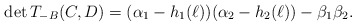
\begin{align*} \det T_{-B}(C,D) = (\alpha_1-h_1(\ell)) (\alpha_2-h_2(\ell)) - \beta_1 \beta_2.\end{align*}